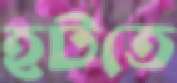
হটতে